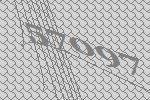
57097